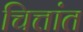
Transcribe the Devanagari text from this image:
चित्तांत